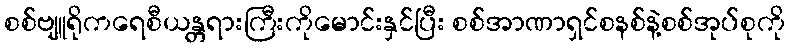
စစ်ဗျူရိုကရေစီယန္တရားကြီးကိုမောင်းနှင်ပြီး စစ်အာဏာရှင်စနစ်နဲ့စစ်အုပ်စုကို